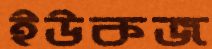
ইউকজ